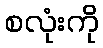
စလုံးကို